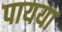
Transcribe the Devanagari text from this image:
पायया